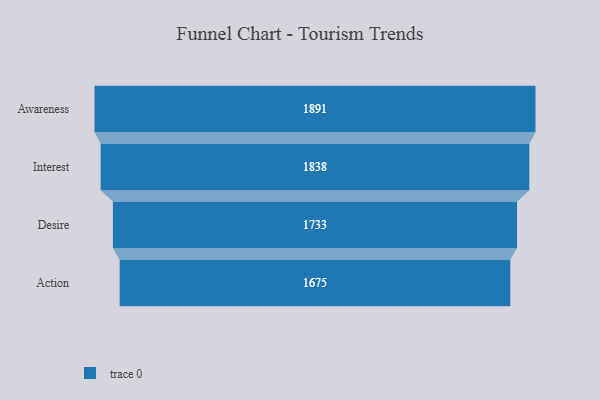
{"axis": {"x": "Stage", "y": "Value"}, "legend": [""], "data": [{"x": "Awareness", "y": 1891.0, "type": ""}, {"x": "Interest", "y": 1838.0, "type": ""}, {"x": "Desire", "y": 1733.0, "type": ""}, {"x": "Action", "y": 1675.0, "type": ""}]}